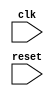
module axi_controller (
    input wire clk,
    input wire reset,
    // add additional input/output signals as needed
);

// Module for generating and synchronizing clock signal
reg clk_int;
always @(posedge clk or posedge reset) begin
    if (reset) begin
        clk_int <= 1'b0;
    end else begin
        clk_int <= ~clk_int;
    end
end

// Module for generating and synchronizing reset signal
reg reset_int;
always @(posedge clk or posedge reset) begin
    if (reset) begin
        reset_int <= 1'b1;
    end else begin
        reset_int <= 1'b0;
    end
end

// Module for ensuring proper timing for data transfers

// Module for managing flow control signals

// Module for arbitrating between multiple AXI bus transactions

// Add additional modules as needed

endmodule